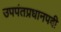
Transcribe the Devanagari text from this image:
उपपंतप्रधानपदी